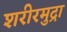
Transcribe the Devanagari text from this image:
शरीरमुद्रा